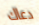
دعاك